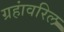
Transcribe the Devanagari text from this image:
ग्रहांवरिल